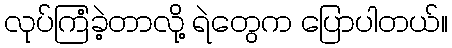
လုပ်ကြံခဲ့တာလို့ ရဲတွေက ပြောပါတယ်။